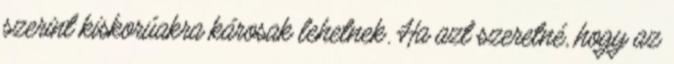
szerint kiskorúakra károsak lehetnek. Ha azt szeretné, hogy az